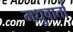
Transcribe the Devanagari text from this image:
मधुवार्ता